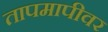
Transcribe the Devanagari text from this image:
तापमापीवर